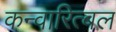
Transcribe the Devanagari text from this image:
कन्वारित्बल